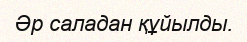
Әр саладан құйылды.